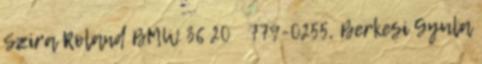
Szira Roland BMW 36 20779-0255, Berkesi Gyula